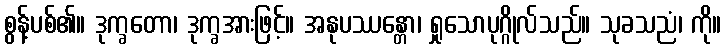
စွန့်ပစ်၏။ ဒုက္ခတော၊ ဒုက္ခအားဖြင့်။ အနုပဿန္တော၊ ရှုသောပုဂ္ဂိုလ်သည်။ သုခသညံ၊ ကို။